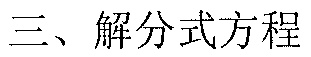
三、解分式方程